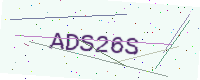
Text: ADS26S